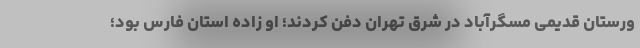
ورستان قدیمی مسگرآباد در شرق تهران دفن کردند؛ او زاده استان فارس بود؛